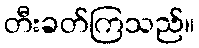
တီးခတ်ကြသည်။